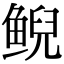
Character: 鲵